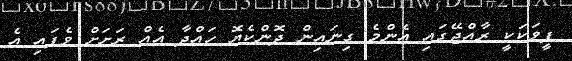
ފީވަކަކީ ރާއްޖޭގައި އެންމެ ގިނައިން ދޮންކެޔޮ ހައްދާ އެއް ރަށަށް ވެފައި އެ